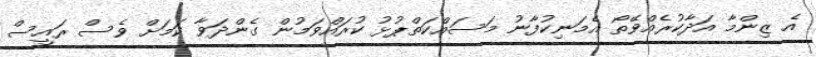
އެ ޒިންމާ އަދާކުރެއްވޭތޯ އެމަނިކުފާނު މަސައްކަތްޕުޅު ކުރައްވަމުން ގެންދަވާ ކަމަށް ވެސް ރައީސް